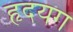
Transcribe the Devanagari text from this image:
हृदयग